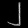
Digit: ၂